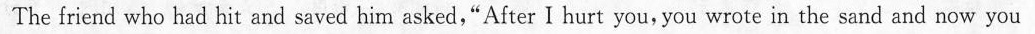
The friend who had hit and saved him asked,"After I hurt you, you wrote in the sand and now you